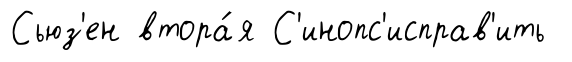
Сьюз'ен втора́я С'инопс'исправ'ить